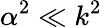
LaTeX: \alpha^{2}\ll k^{2}